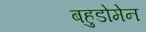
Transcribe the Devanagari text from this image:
बहुडोमेन